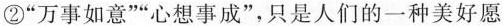
②”万事如意””心想事成”，只是人们的一种美好愿